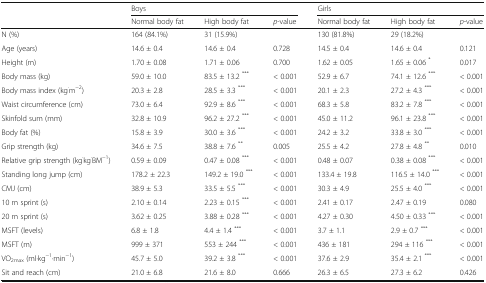
<table><thead><tr><td rowspan="2">[EMPTY_CELL]</td><td colspan="3"><b>Boys</b></td><td colspan="3"><b>Girls</b></td></tr><tr><td><b>Normal body fat</b></td><td><b>High body fat</b></td><td><b><i>p</i>-value</b></td><td><b>Normal body fat</b></td><td><b>High body fat</b></td><td><b><i>p</i>-value</b></td></tr></thead><tbody><tr><td>N (%)</td><td>164 (84.1%)</td><td>31 (15.9%)</td><td>[EMPTY_CELL]</td><td>130 (81.8%)</td><td>29 (18.2%)</td><td>[EMPTY_CELL]</td></tr><tr><td>Age (years)</td><td>14.6 ± 0.4</td><td>14.6 ± 0.4</td><td>0.728</td><td>14.5 ± 0.4</td><td>14.6 ± 0.4</td><td>0.121</td></tr><tr><td>Height (m)</td><td>1.70 ± 0.08</td><td>1.71 ± 0.06</td><td>0.700</td><td>1.62 ± 0.05</td><td>1.65 ± 0.06 <sup>*</sup></td><td>0.017</td></tr><tr><td>Body mass (kg)</td><td>59.0 ± 10.0</td><td>83.5 ± 13.2 <sup>***</sup></td><td>&lt; 0.001</td><td>52.9 ± 6.7</td><td>74.1 ± 12.6 <sup>***</sup></td><td>&lt; 0.001</td></tr><tr><td>Body mass index (kg<sup>·</sup>m<sup>−2</sup>)</td><td>20.3 ± 2.8</td><td>28.5 ± 3.3 <sup>***</sup></td><td>&lt; 0.001</td><td>20.1 ± 2.3</td><td>27.2 ± 4.3 <sup>***</sup></td><td>&lt; 0.001</td></tr><tr><td>Waist circumference (cm)</td><td>73.0 ± 6.4</td><td>92.9 ± 8.6 <sup>***</sup></td><td>&lt; 0.001</td><td>68.3 ± 5.8</td><td>83.2 ± 7.8 <sup>***</sup></td><td>&lt; 0.001</td></tr><tr><td>Skinfold sum (mm)</td><td>32.8 ± 10.9</td><td>96.2 ± 27.2 <sup>***</sup></td><td>&lt; 0.001</td><td>45.0 ± 11.2</td><td>96.1 ± 23.8 <sup>***</sup></td><td>&lt; 0.001</td></tr><tr><td>Body fat (%)</td><td>15.8 ± 3.9</td><td>30.0 ± 3.6 <sup>***</sup></td><td>&lt; 0.001</td><td>24.2 ± 3.2</td><td>33.8 ± 3.0 <sup>***</sup></td><td>&lt; 0.001</td></tr><tr><td>Grip strength (kg)</td><td>34.6 ± 7.5</td><td>38.8 ± 7.6 <sup>**</sup></td><td>0.005</td><td>25.5 ± 4.2</td><td>27.8 ± 4.8 <sup>**</sup></td><td>0.010</td></tr><tr><td>Relative grip strength (kg<sup>·</sup>kg<sup>·</sup>BM<sup>−1</sup>)</td><td>0.59 ± 0.09</td><td>0.47 ± 0.08 <sup>***</sup></td><td>&lt; 0.001</td><td>0.48 ± 0.07</td><td>0.38 ± 0.08 <sup>***</sup></td><td>&lt; 0.001</td></tr><tr><td>Standing long jump (cm)</td><td>178.2 ± 22.3</td><td>149.2 ± 19.0 <sup>***</sup></td><td>&lt; 0.001</td><td>133.4 ± 19.8</td><td>116.5 ± 14.0 <sup>***</sup></td><td>&lt; 0.001</td></tr><tr><td>CMJ (cm)</td><td>38.9 ± 5.3</td><td>33.5 ± 5.5 <sup>***</sup></td><td>&lt; 0.001</td><td>30.3 ± 4.9</td><td>25.5 ± 4.0 <sup>***</sup></td><td>&lt; 0.001</td></tr><tr><td>10 m sprint (s)</td><td>2.10 ± 0.14</td><td>2.23 ± 0.15 <sup>***</sup></td><td>&lt; 0.001</td><td>2.41 ± 0.17</td><td>2.47 ± 0.19</td><td>0.080</td></tr><tr><td>20 m sprint (s)</td><td>3.62 ± 0.25</td><td>3.88 ± 0.28 <sup>***</sup></td><td>&lt; 0.001</td><td>4.27 ± 0.30</td><td>4.50 ± 0.33 <sup>***</sup></td><td>&lt; 0.001</td></tr><tr><td>MSFT (levels)</td><td>6.8 ± 1.8</td><td>4.4 ± 1.4 <sup>***</sup></td><td>&lt; 0.001</td><td>3.7 ± 1.1</td><td>2.9 ± 0.7 <sup>***</sup></td><td>&lt; 0.001</td></tr><tr><td>MSFT (m)</td><td>999 ± 371</td><td>553 ± 244 <sup>***</sup></td><td>&lt; 0.001</td><td>436 ± 181</td><td>294 ± 116 <sup>***</sup></td><td>&lt; 0.001</td></tr><tr><td>VO<sub>2max</sub> (ml·kg<sup>−1</sup>·min<sup>−1</sup>)</td><td>45.7 ± 5.0</td><td>39.2 ± 3.8 <sup>***</sup></td><td>&lt; 0.001</td><td>37.6 ± 2.9</td><td>35.4 ± 2.1 <sup>***</sup></td><td>&lt; 0.001</td></tr><tr><td>Sit and reach (cm)</td><td>21.0 ± 6.8</td><td>21.6 ± 8.0</td><td>0.666</td><td>26.3 ± 6.5</td><td>27.3 ± 6.2</td><td>0.426</td></tr></tbody></table>